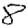
Digit: 8